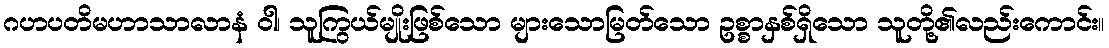
ဂဟပတိမဟာသာလာနံ ဝါ၊ သူကြွယ်မျိုးဖြစ်သော များသောမြတ်သော ဥစ္စာနှစ်ရှိသော သူတို့၏လည်းကောင်း။